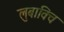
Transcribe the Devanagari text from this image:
लुबाविच